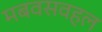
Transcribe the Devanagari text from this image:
मबवसवहल